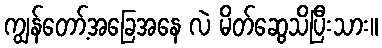
ကျွန်တော့်အခြေအနေ လဲ မိတ်ဆွေသိပြီးသား။